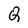
Character: Q